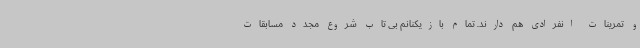
و تمرینات انفرادی هم دارند. تمام بازیکنانم بی تاب شروع مجدد مسابقات